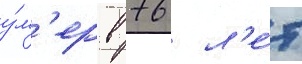
у́м'ер в 76 л'е́т